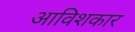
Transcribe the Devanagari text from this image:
आविशकार